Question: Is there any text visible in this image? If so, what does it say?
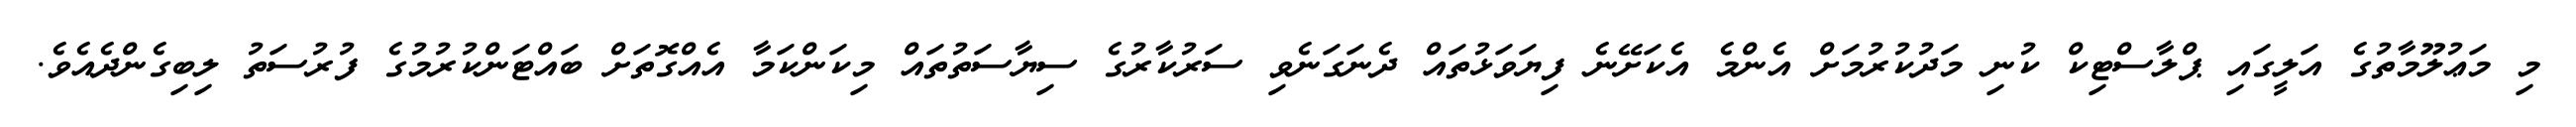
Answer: މި މަޢުލޫމާތުގެ އަލީގައި ޕްލާސްޓިކް ކުނި މަދުކުރުމަށް އެންމެ އެކަށޭނެ ފިޔަވަޅުތައް ދެނަގަނެވި ސަރުކާރުގެ ސިޔާސަތުތައް މިކަންކަމާ އެއްގޮތަށް ބައްޓަންކުރުމުގެ ފުރުސަތު ލިބިގެންދެއެވެ.